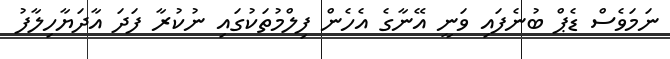
ނަމަވެސް ޑެޕް ބުނެފައި ވަނީ އޭނާގެ އެހެން ފިލްމުތަކުގައި ނުކުރާ ފަދަ އާދަޔާހިލާފު